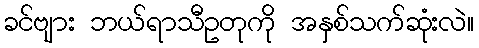
ခင်ဗျား ဘယ်ရာသီဥတုကို အနှစ်သက်ဆုံးလဲ။